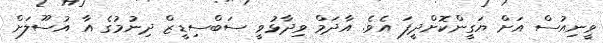
ވީނިއުސް އަށް ޔަގީންކޮށްދީފަ އެވެ. އާދަމް ވިދާޅުވީ ސަބްސިޑީޒް ދިނުމުގެ އާ އުސޫލަށް